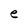
Character: e